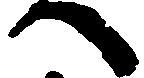
へ